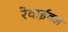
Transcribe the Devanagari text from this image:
रेवाईवल